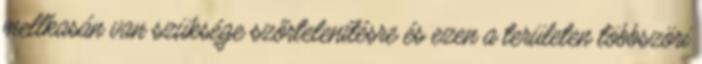
mellkasán van szüksége szőrtelenítésre és ezen a területen többszöri